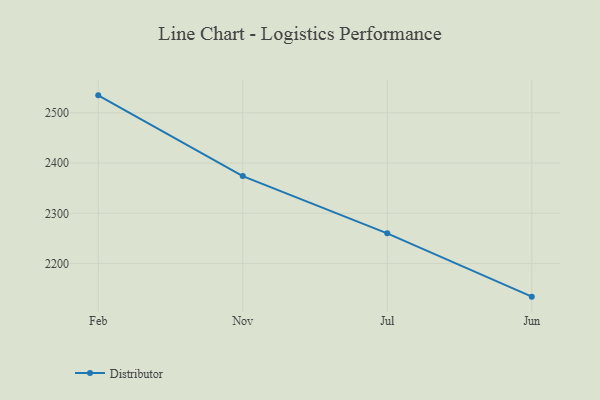
{"axis": {"x": "Month", "y": "Bounce Rate (%)"}, "legend": ["Distributor"], "data": [{"x": "Feb", "y": 2534.6, "type": "Distributor"}, {"x": "Nov", "y": 2374.1, "type": "Distributor"}, {"x": "Jul", "y": 2260.2, "type": "Distributor"}, {"x": "Jun", "y": 2134.3, "type": "Distributor"}]}